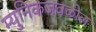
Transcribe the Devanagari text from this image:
म्युनिकजवळील